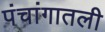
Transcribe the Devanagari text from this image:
पंचांगातली